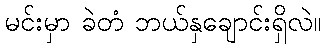
မင်းမှာ ခဲတံ ဘယ်နှချောင်းရှိလဲ။